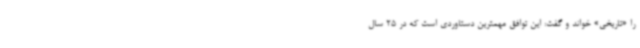
را «تاریخی» خواند و گفت: این توافق مهمترین دستاوردی است که در 25 سال